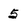
Character: 5